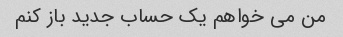
من می خواهم یک حساب جدید باز کنم